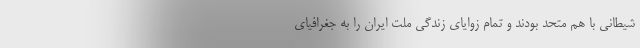
شیطانی با هم متحد بودند و تمام زوایای زندگی ملت ایران را به جغرافیای